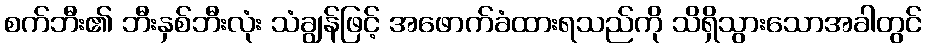
စက်ဘီး၏ ဘီးနှစ်ဘီးလုံး သံချွန်ဖြင့် အဖောက်ခံထားရသည်ကို သိရှိသွားသောအခါတွင်